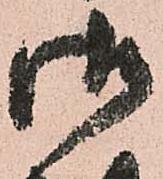
御